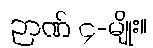
ဉာဏ် ၄-မျိုး။